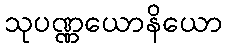
သုပဏ္ဏယောနိယော